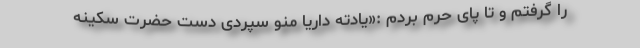
را گرفتم و تا پای حرم بردم :«یادته داریا منو سپردی دست حضرت سکینه